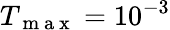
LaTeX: T_{\mathrm{~m~a~x~}}=10^{-3}